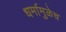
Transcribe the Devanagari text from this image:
धर्मामुळेच